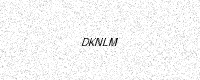
Text: DKNLM